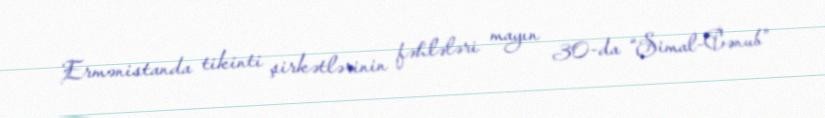
Ermənistanda tikinti şirkətlərinin fəhlələri mayın 30-da “Şimal-Cənub”